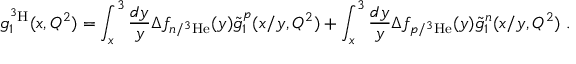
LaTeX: g _ { 1 } ^ { ^ 3 \mathrm { H } } ( x , Q ^ { 2 } ) = \int _ { x } ^ { 3 } \frac { d y } { y } \Delta f _ { n / ^ { 3 } \mathrm { H e } } ( y ) \tilde { g } _ { 1 } ^ { p } ( x / y , Q ^ { 2 } ) + \int _ { x } ^ { 3 } \frac { d y } { y } \Delta f _ { p / ^ { 3 } \mathrm { H e } } ( y ) \tilde { g } _ { 1 } ^ { n } ( x / y , Q ^ { 2 } ) \ .